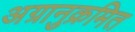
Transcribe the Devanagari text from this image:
अग्रानुक्रमित